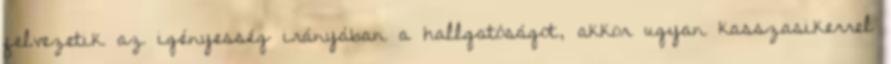
felvezetik az igényesség irányában a hallgatóságot, akkor ugyan kasszasikerrel